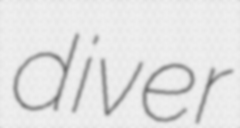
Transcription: diver